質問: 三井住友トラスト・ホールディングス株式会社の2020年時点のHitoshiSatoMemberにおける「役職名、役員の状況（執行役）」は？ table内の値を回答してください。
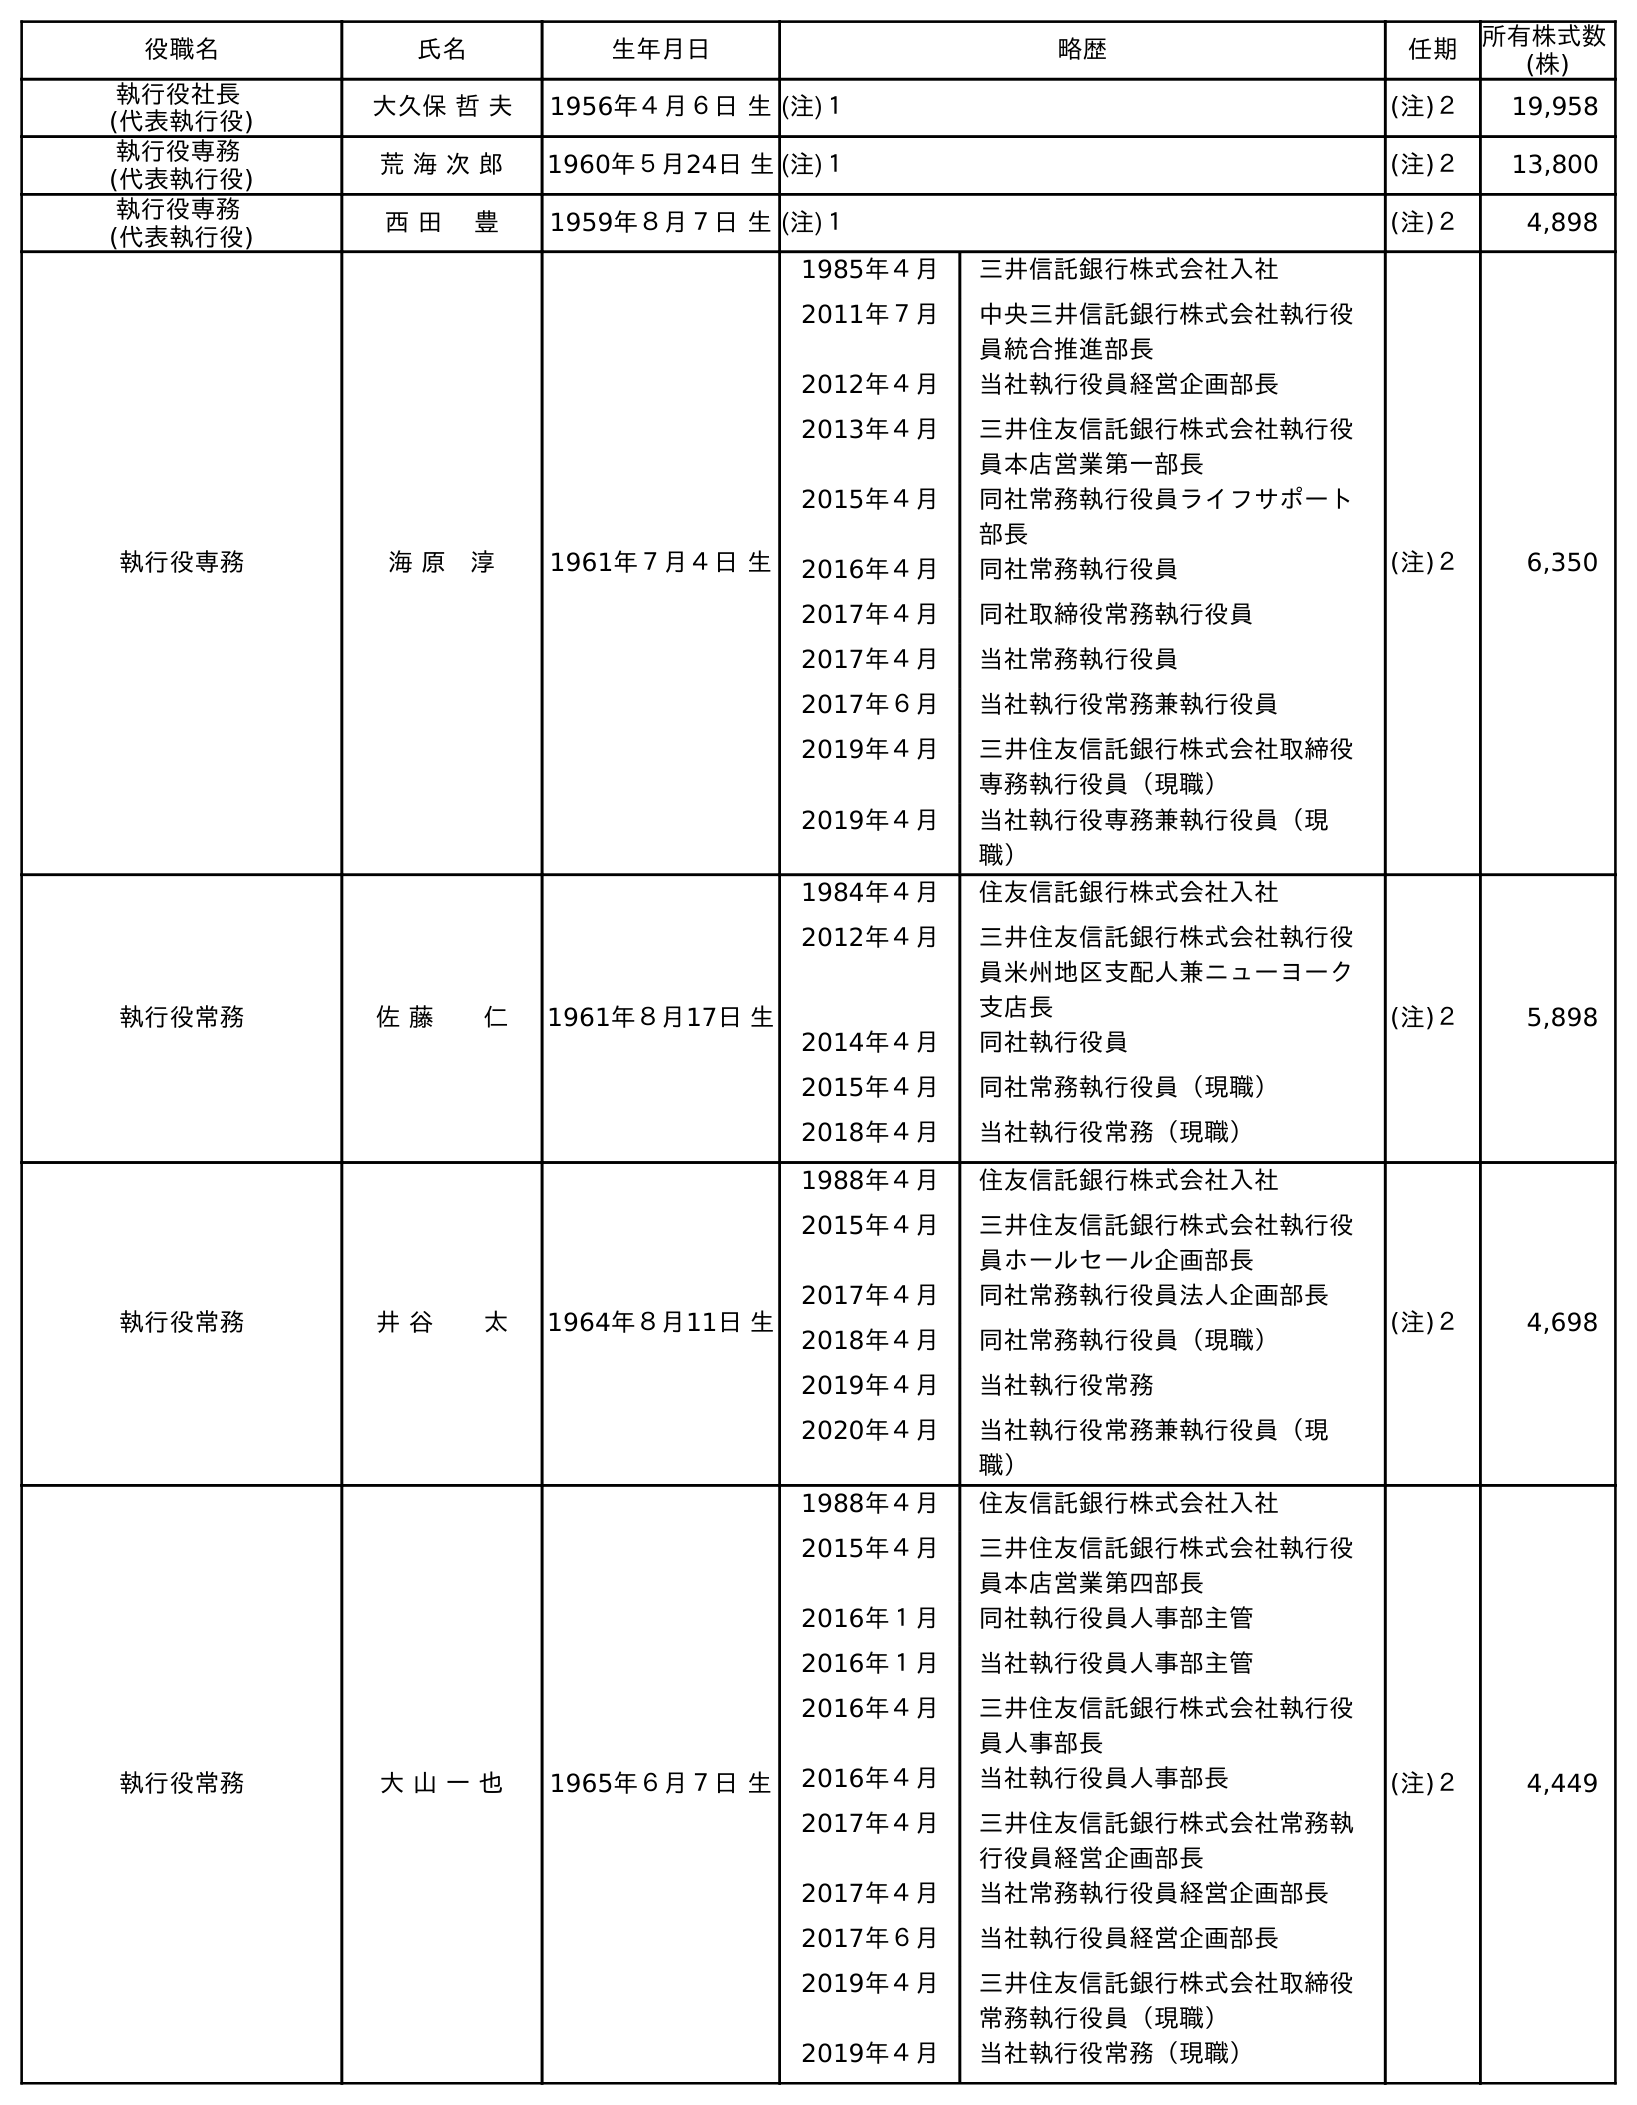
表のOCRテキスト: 役職名 氏名 生年月日 略歴 任期 所有株式数 (株) 執行役社長 (代表執行役) 大久保 哲 夫 1956年４月６日 生(注)１ (注)２ 19,958 執行役専務 (代表執行役) 荒 海 次 郎 1960年５月24日 生(注)１ (注)２ 13,800 執行役専務 (代表執行役) 西 田 豊 1959年８月７日 生(注)１ (注)２ 4,898 執行役専務 海 原 淳 1961年７月４日 生 1985年４月 三井信託銀行株式会社入社 2011年７月 中央三井信託銀行株式会社執行役 員統合推進部長 2012年４月 当社執行役員経営企画部長 2013年４月 三井住友信託銀行株式会社執行役 員本店営業第一部長 2015年４月 同社常務執行役員ライフサポート 部長 2016年４月 同社常務執行役員 2017年４月 同社取締役常務執行役員 2017年４月 当社常務執行役員 2017年６月 当社執行役常務兼執行役員 2019年４月 三井住友信託銀行株式会社取締役 専務執行役員（現職） 2019年４月 当社執行役専務兼執行役員（現 職） (注)２ 6,350 執行役常務 佐 藤  仁 1961年８月17日 生 1984年４月 住友信託銀行株式会社入社 2012年４月 三井住友信託銀行株式会社執行役 員米州地区支配人兼ニューヨーク 支店長 2014年４月 同社執行役員 2015年４月 同社常務執行役員（現職） 2018年４月 当社執行役常務（現職） (注)２ 5,898 執行役常務 井 谷  太 1964年８月11日 生 1988年４月 住友信託銀行株式会社入社 2015年４月 三井住友信託銀行株式会社執行役 員ホールセール企画部長 2017年４月 同社常務執行役員法人企画部長 2018年４月 同社常務執行役員（現職） 2019年４月 当社執行役常務 2020年４月 当社執行役常務兼執行役員（現 職） (注)２ 4,698 執行役常務 大 山 一 也 1965年６月７日 生 1988年４月 住友信託銀行株式会社入社 2015年４月 三井住友信託銀行株式会社執行役 員本店営業第四部長 2016年１月 同社執行役員人事部主管 2016年１月 当社執行役員人事部主管 2016年４月 三井住友信託銀行株式会社執行役 員人事部長 2016年４月 当社執行役員人事部長 2017年４月 三井住友信託銀行株式会社常務執 行役員経営企画部長 2017年４月 当社常務執行役員経営企画部長 2017年６月 当社執行役員経営企画部長 2019年４月 三井住友信託銀行株式会社取締役 常務執行役員（現職） 2019年４月 当社執行役常務（現職） (注)２ 4,449
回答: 執行役常務